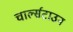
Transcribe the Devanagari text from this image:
चार्ल्सटाउन